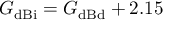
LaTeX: G _ { \mathrm { d B i } } = G _ { \mathrm { d B d } } + 2 . 1 5